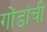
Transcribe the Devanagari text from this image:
गोंडांची